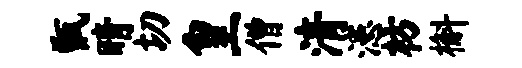
甑睛切皇僧清漶枋槲